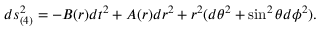
d s _ { ( 4 ) } ^ { 2 } = - B ( r ) d t ^ { 2 } + A ( r ) d r ^ { 2 } + r ^ { 2 } ( d \theta ^ { 2 } + \sin ^ { 2 } \theta d \phi ^ { 2 } ) .